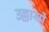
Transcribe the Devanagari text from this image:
उल्लासों